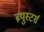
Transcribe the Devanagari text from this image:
ब्र्युस्टर्स